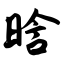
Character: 晗